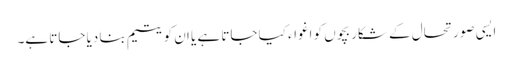
ایسی صورتحال کے شکار بچوں کو اغواء کیا جاتا ہے یا ان کو یتیم بنا دیا جاتا ہے۔